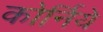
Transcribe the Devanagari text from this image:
कोर्निये